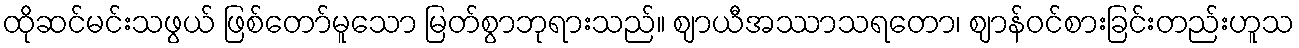
ထိုဆင်မင်းသဖွယ် ဖြစ်တော်မူသော မြတ်စွာဘုရားသည်။ ဈာယီအဿာသရတော၊ ဈာန်ဝင်စားခြင်းတည်းဟူသ